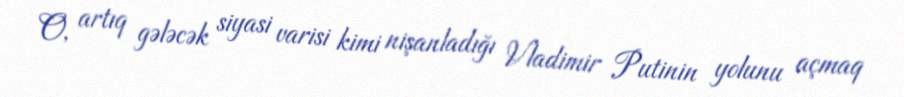
O, artıq gələcək siyasi varisi kimi nişanladığı Vladimir Putinin yolunu açmaq